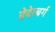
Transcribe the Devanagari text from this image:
हेदेल्बर्ग